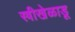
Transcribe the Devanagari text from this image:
स्त्रीखेळाडू